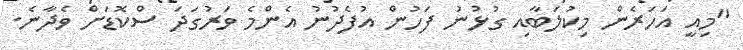
"މިއީ އަހަރެން މިކުލަބާއި ގުޅުނު ފަހުން އުފެދުނު އެންމެ ވަރުގަދަ ސްކޮޑަށް ވެދާނެ.